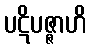
ပဋိပဇ္ဇာဟိ